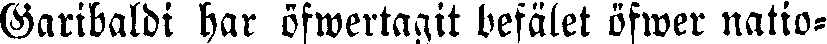
Garibaldi har öfwertagit befälet öfwer natio-